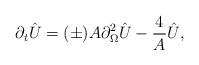
LaTeX: \begin{align*}\partial_{t} \hat{U} = ( \pm ) A \partial_{\Omega}^{2} \hat{U} -{4 \over A} \hat{U},\end{align*}